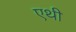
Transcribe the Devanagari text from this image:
एथी